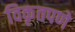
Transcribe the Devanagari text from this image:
विकृतपणे